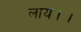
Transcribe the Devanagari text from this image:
लाय।।